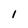
Character: 1